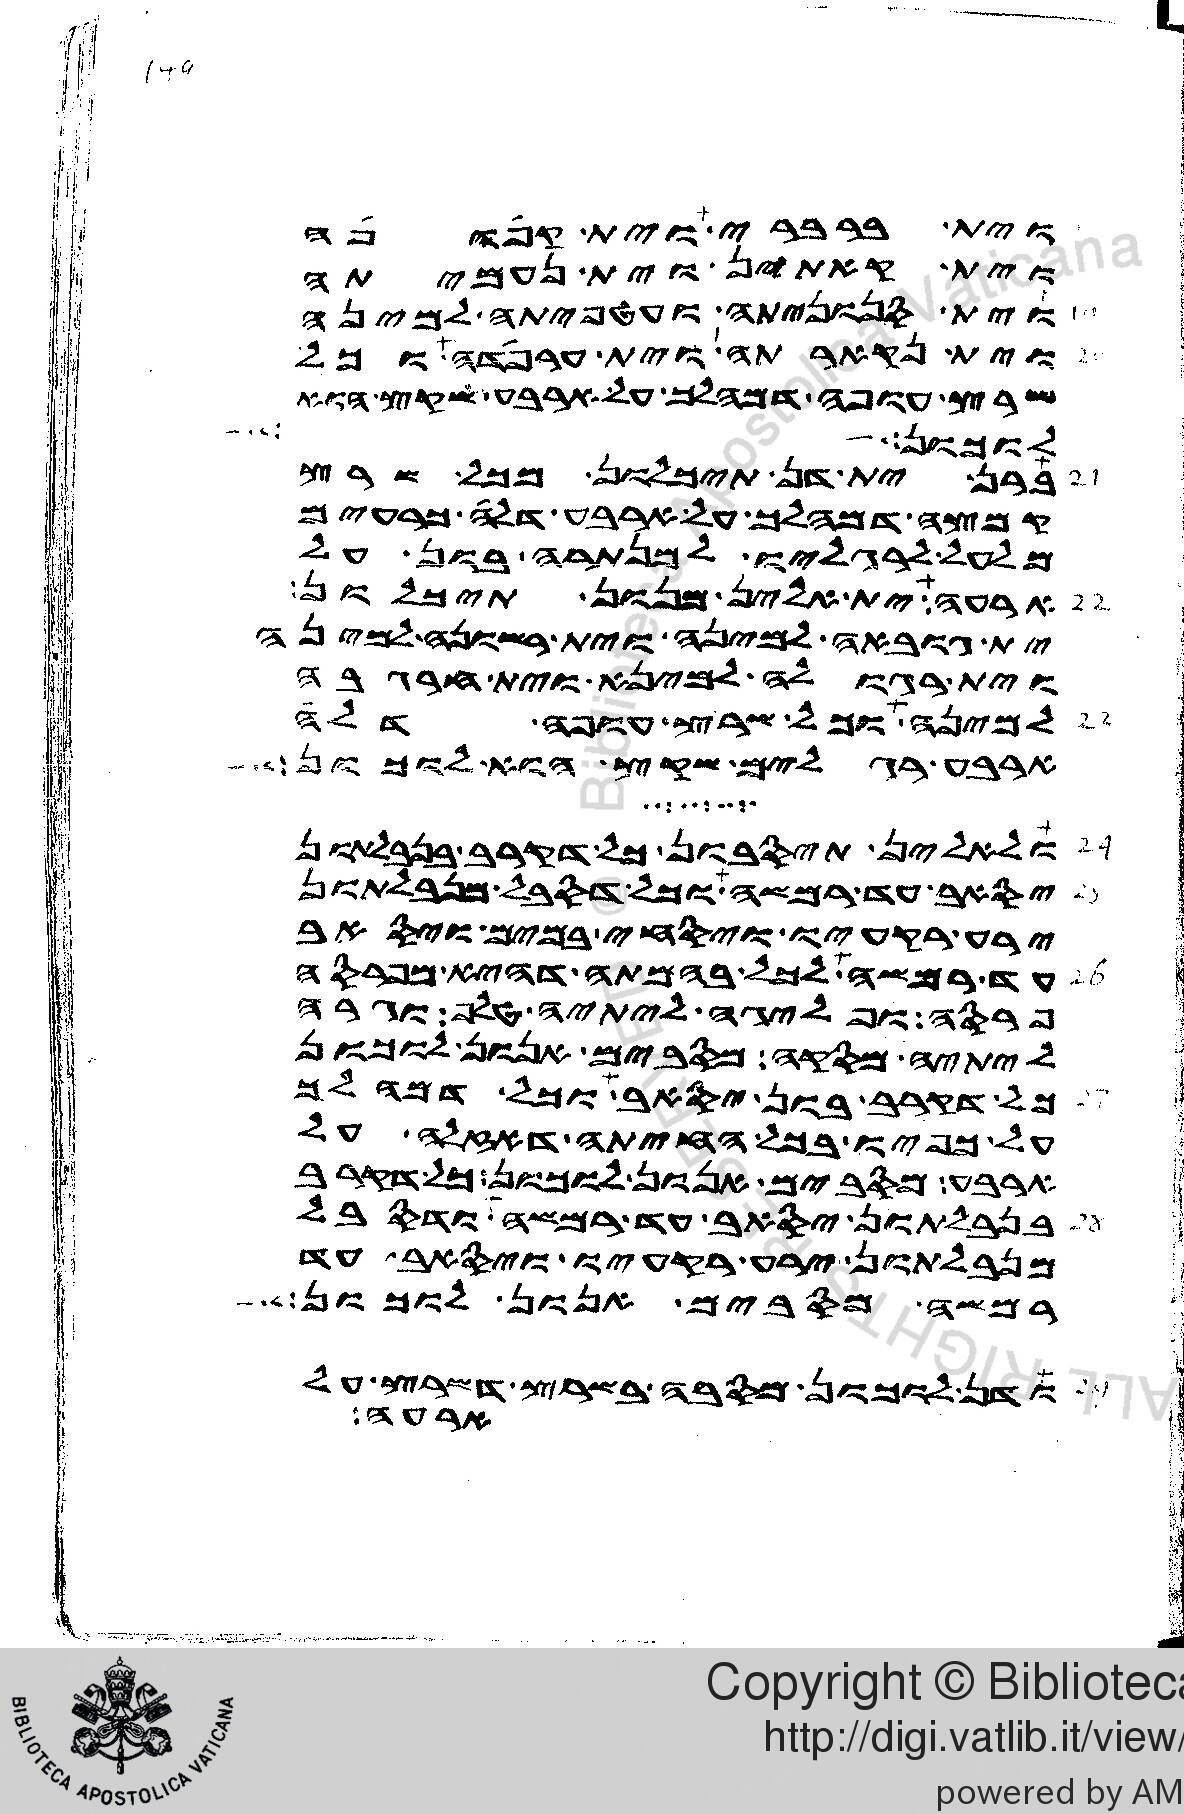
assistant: וית ברברי וית קפופה
וית קאתין וית נעמיתה
וית סנוניתה ועטפיתה למינה
וית נקארתה וית ערפדה כל
שרץ עופה דמהלך על ארבע שקץ הוא
לוכון ולקו
ברן ית דן תיכלון מכל שרץ
קמצה דמהלך על ארבע דלה כרעים
מלעל לרגליו למנתרה בון על
ארעה ית אלין מנון תיכלון
ית גובאה למינה וית רשונה למינה
וית רגולה למינה וית חרגבה
למינה וכל שרץ עופה דלה
ארבע רגלים שקץ הוא לוכון
ולאלין תיסבון כל דקרב בנבלתון
יסאב עד רמשה וכל דסבל מנבלתון
ירע רקעיו ויסחי במים ויסאב
עד רמשה לכל בהמתה דהיא מפרסה
פרסה ופליגה ליתיה טלף וגרה
ליתיה מסקה מסבים אנון לוכון
כל דקרב בון יסאב וכל דמהלך
על כפיו בכל החיתה דאזלה על
ארבע מסבים אנון לוכון כל דקרב
בנבלתון יסאב עד רמשה ודסבל
מנבלתון ירע רקעיו ויסאב עד
רמשה מסבים אנון לוכון
ודן לוכון מסבה בשרץ דשרץ על
ארעה